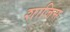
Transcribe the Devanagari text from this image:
शाजिस